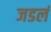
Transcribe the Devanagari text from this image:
जडलं